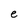
Character: e